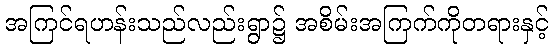
အကြင်ရဟန်းသည်လည်းရွာ၌ အစိမ်းအကြက်ကိုတရားနှင့်